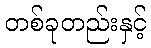
တစ်ခုတည်းနှင့်